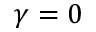
\gamma = 0